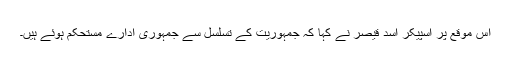
اس موقع پر اسپیکر اسد قیصر نے کہا کہ جمہوریت کے تسلسل سے جمہوری ادارے مستحکم ہوئے ہیں۔